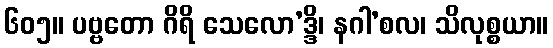
၆၀၅။ ပဗ္ဗတော ဂိရိ သေလော’ဒ္ဒိ၊ နဂါ’စလ၊ သိလုစ္စယာ။